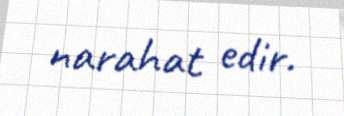
narahat edir.